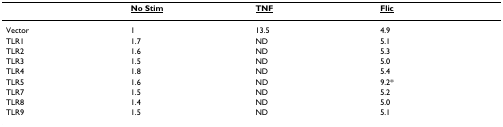
|  | <underline>No Stim</underline> | <underline>TNF</underline> | <underline>Flic</underline> |
 | --- | --- | --- | --- |
 | Vector | 1 | 13.5 | 4.9 |
 | TLR1 | 1.7 | ND | 5.1 |
 | TLR2 | 1.6 | ND | 5.3 |
 | TLR3 | 1.5 | ND | 5.0 |
 | TLR4 | 1.8 | ND | 5.4 |
 | TLR5 | 1.6 | ND | 9.2* |
 | TLR7 | 1.5 | ND | 5.2 |
 | TLR8 | 1.4 | ND | 5.0 |
 | TLR9 | 1.5 | ND | 5.1 |